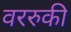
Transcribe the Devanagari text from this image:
वररुकी